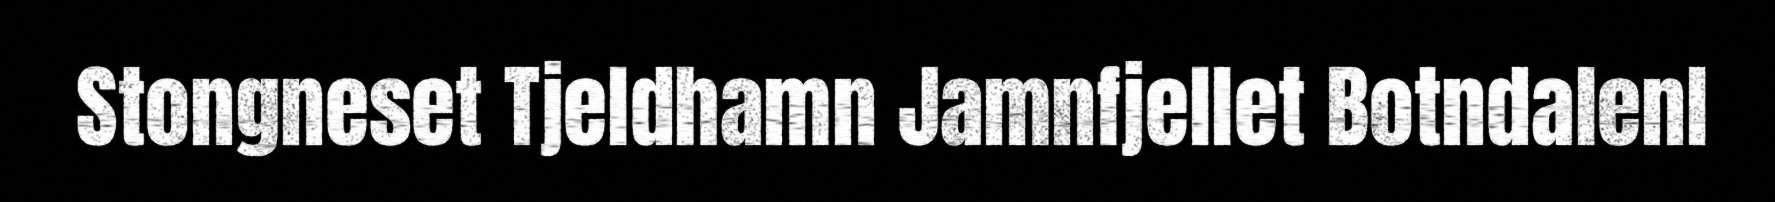
Stongneset Tjeldhamn Jamnfjellet Botndalenl